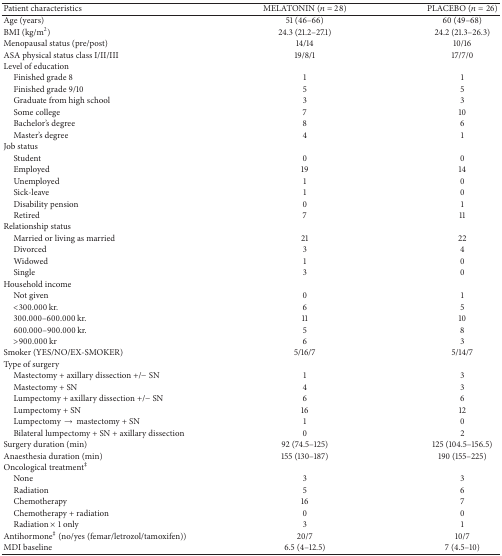
| Patient characteristics | MELATONIN (n = 28) | PLACEBO (n = 26) |
 | --- | --- | --- |
 | Age (years) | 51 (46–66) | 60 (49–68) |
 | BMI (kg/m2) | 24.3 (21.2–27.1) | 24.2 (21.3–26.3) |
 | Menopausal status (pre/post) | 14/14 | 10/16 |
 | ASA physical status class I/II/III | 19/8/1 | 17/7/0 |
 | Level of education |  |  |
 | Finished grade 8 | 1 | 1 |
 | Finished grade 9/10 | 5 | 5 |
 | Graduate from high school | 3 | 3 |
 | Some college | 7 | 10 |
 | Bachelor's degree | 8 | 6 |
 | Master's degree | 4 | 1 |
 | Job status |  |  |
 | Student | 0 | 0 |
 | Employed | 19 | 14 |
 | Unemployed | 1 | 0 |
 | Sick-leave | 1 | 0 |
 | Disability pension | 0 | 1 |
 | Retired | 7 | 11 |
 | Relationship status |  |  |
 | Married or living as married | 21 | 22 |
 | Divorced | 3 | 4 |
 | Widowed | 1 | 0 |
 | Single | 3 | 0 |
 | Household income |  |  |
 | Not given | 0 | 1 |
 | <300.000 kr. | 6 | 5 |
 | 300.000–600.000 kr. | 11 | 10 |
 | 600.000–900.000 kr. | 5 | 8 |
 | >900.000 kr | 6 | 3 |
 | Smoker (YES/NO/EX-SMOKER) | 5/16/7 | 5/14/7 |
 | Type of surgery |  |  |
 | Mastectomy + axillary dissection +/− SN | 1 | 3 |
 | Mastectomy + SN | 4 | 3 |
 | Lumpectomy + axillary dissection +/− SN | 6 | 6 |
 | Lumpectomy + SN | 16 | 12 |
 | Lumpectomy → mastectomy + SN | 1 | 0 |
 | Bilateral lumpectomy + SN + axillary dissection | 0 | 2 |
 | Surgery duration (min) | 92 (74.5–125) | 125 (104.5–156.5) |
 | Anaesthesia duration (min) | 155 (130–187) | 190 (155–225) |
 | Oncological treatment‡ |  |  |
 | None | 3 | 3 |
 | Radiation | 5 | 6 |
 | Chemotherapy | 16 | 7 |
 | Chemotherapy + radiation | 0 | 0 |
 | Radiation × 1 only | 3 | 1 |
 | Antihormone‡ (no/yes (femar/letrozol/tamoxifen)) | 20/7 | 10/7 |
 | MDI baseline | 6.5 (4–12.5) | 7 (4.5–10) |